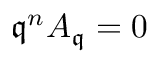
{ \mathfrak { q } } ^ { n } A _ { \mathfrak { q } } = 0